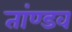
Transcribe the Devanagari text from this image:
तांण्डव